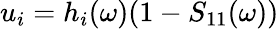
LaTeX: u_{i}=h_{i}(\omega)(1-S_{11}(\omega))